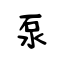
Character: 泵